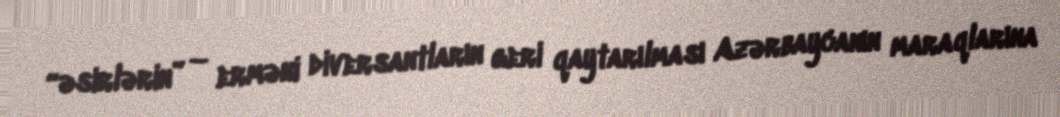
“əsirlərin” – erməni diversantların geri qaytarılması Azərbaycanın maraqlarına